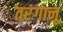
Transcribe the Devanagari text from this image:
तरंगानू